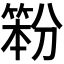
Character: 𰪇